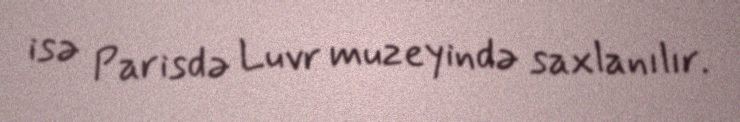
isə Parisdə Luvr muzeyində saxlanılır.